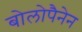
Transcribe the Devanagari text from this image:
बोलोपैनेन